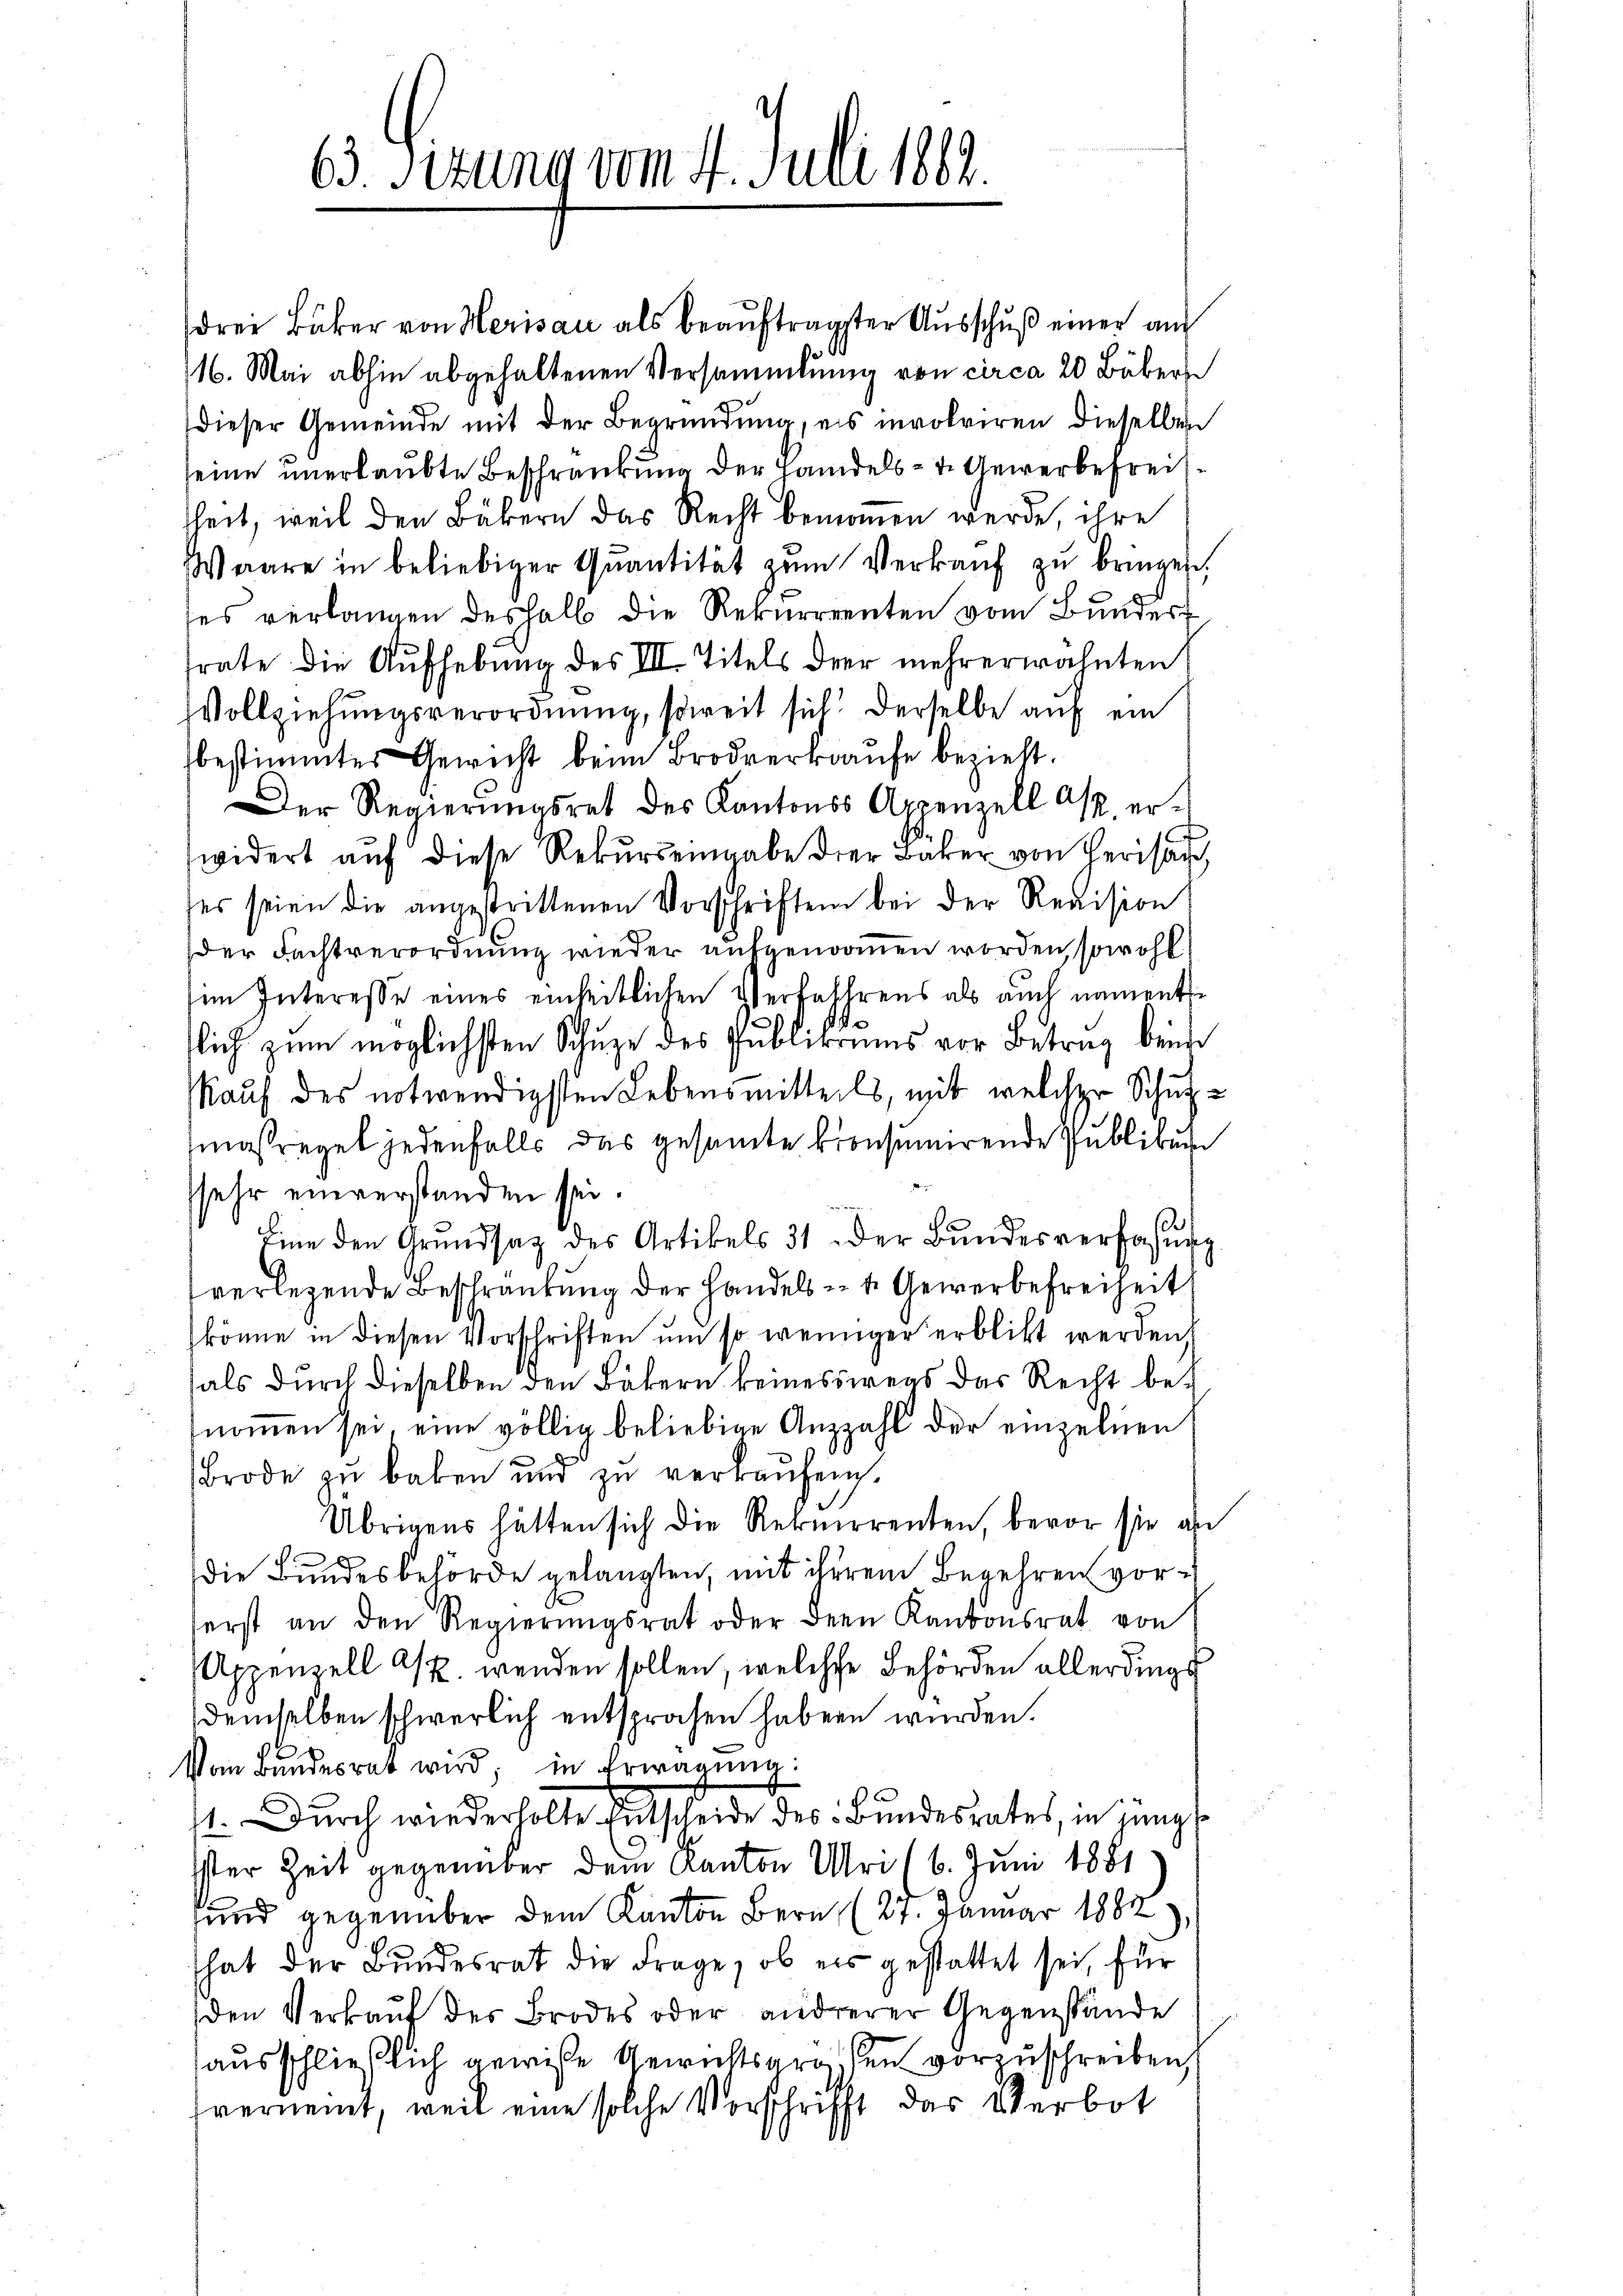
63. Sizung vom 4. Juli 182.

drei Bäker von Herisau als beauftragster Ausschuß einer au
16. Mai abhin abgehaltenen Versammlung von circa 20 Bäber
dieser Gemeinde mit der Begründung, es involviren dieselben
seine unerlaubte Beschränkung der Handels- u. Gewerbefreiheit, weil den Bäbern das Recht bemomen werde, ihre
Waare in beliebiger Quantität zŭm Verkaŭf zŭ bringen,
ses verlangen deshalb die Rekurrrenten vom Bunder
frate die Aufhebung des III. Titels der mehrerwähnten
Vollziehungsverordnung, soweit sich derselbe auf ein
bestimmtes Gewicht beim Brodverkaufe bezieht.
Der Regierungsrat des Kantons Appenzell asp. erwidert aŭf diese Rekŭrsengabe der Bäker von Herisau,
ses seien die angestrittenen Vorschriften bei der Revision
der Fachtverordnung wieder aufgenommen worden, sowohl
im Interesse eines einheitlichen Verfahrens als auch namentlic
lich zum möglichsten Schuze des Publikums vor Betrag beide
Kauf des notwendigsten Lebensmitteils, mit welcher Schulmaßregel jedenfalls das gesamte Kronsumirende Publikum
sehr einverstanden sei.
Eine den Grundsatz des Artikels 31 der Bŭndesverfassŭng
verlegende Beschränkung der Handels- u. Gewerbefreiheit
könne in diesen Vorschriften um so weniger erblickt werden,
als durch dieselben den Bäkern keineswegs das Recht benommen sei, eine völlig beliebige Anzzahl der einzelnen
Brode zu haben und zu verkaufen.
Übrigens hätten sich die Rekurrenten, bevor sie an
Die Bundesbehörde gelangten, mit ihrem Begehren vorerst an den Regierŭngsrat oder den Kantonsrat von
Appenzell A/. wenden sollen, welche Behörden allerdings
demselben schwerlich entsprochen haben wurden.
Vom Bundesrat wird; in Erwägung:
1. Durch wiederholte Entscheide des Bundesrates, in jüngst
Ister Zeit gegenüber dem Kanton Uri (6. Juni 1881
sund gegenüber dem Kanton Bern (27. Januar 1882
That der Bundesrat die Frage, ob es gestattet sei, für
den Verkauf der Brodes oder andererer Gegenstände
ausschließlich gewisse Gewichtsgrossen vorzuschreiben,
verneint, weil eine solche Vorschrifft das Verbot